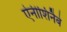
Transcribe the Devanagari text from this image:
ऐनीशिनैबे